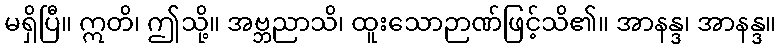
မရှိပြီ။ ဣတိ၊ ဤသို့။ အဗ္ဘညာသိ၊ ထူးသောဉာဏ်ဖြင့်သိ၏။ အာနန္ဒ၊ အာနန္ဒ။